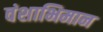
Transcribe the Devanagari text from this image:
वंशाभिमान